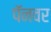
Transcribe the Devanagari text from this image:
पॅनवर